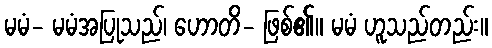
မမံ- မမံအပြုသည်၊ ဟောတိ- ဖြစ်၏။ မမံ ဟူသည်တည်း။